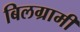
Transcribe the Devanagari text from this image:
बिलग्रामी